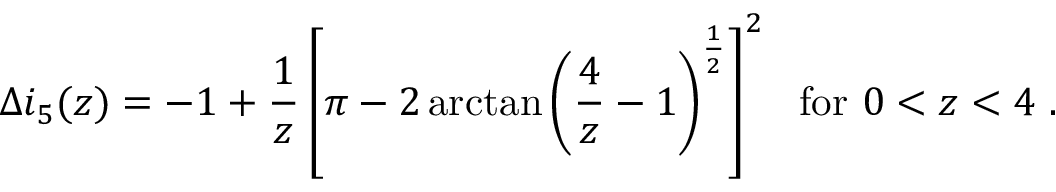
\Delta i _ { 5 } ( z ) = - 1 + \frac { 1 } { z } \left[ \pi - 2 \arctan \left( \frac { 4 } { z } - 1 \right) ^ { \frac { 1 } { 2 } } \right] ^ { 2 } ~ ~ \mathrm { f o r } ~ 0 < z < 4 ~ .